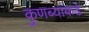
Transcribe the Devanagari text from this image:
कुणब्यांकडे